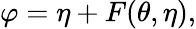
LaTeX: \varphi=\eta+F(\theta,\eta),